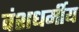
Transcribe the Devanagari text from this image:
वंशधर्मीय